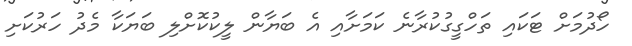
ހޯދުމަށް ޓަކައި ތަހްގީގުކުރާނެ ކަމަށާއި އެ ބަޔާން ލީކުކޮށްލި ބަޔަކާ މެދު ހަރުކަށި